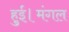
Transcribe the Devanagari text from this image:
हुई।मंगल